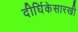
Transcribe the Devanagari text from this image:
दीर्घिकेसारखी